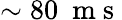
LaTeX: \sim 80~\mathrm{~m~s~}